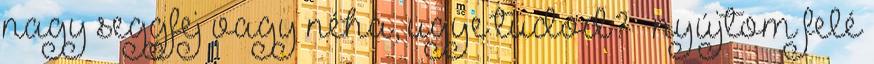
nagy seggfej vagy néha, ugye tudod? – nyújtom felé